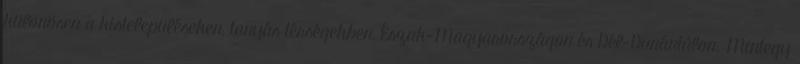
különösen a kistelepüléseken, tanyás térségekben, Észak-Magyarországon és Dél-Dunántúlon. Mintegy